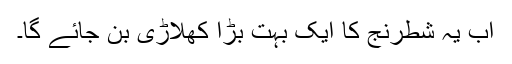
اب یہ شطرنج کا ایک بہت بڑا کھلاڑی بن جائے گا۔